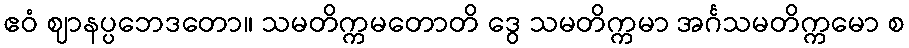
ဧဝံ ဈာနပ္ပဘေဒတော။ သမတိက္ကမတောတိ ဒွေ သမတိက္ကမာ အင်္ဂသမတိက္ကမော စ